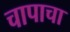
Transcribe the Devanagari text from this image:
चापाचा